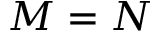
M = N